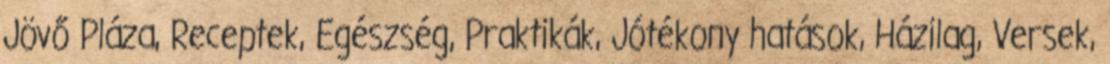
Jövő Pláza, Receptek, Egészség, Praktikák, Jótékony hatások, Házilag, Versek,